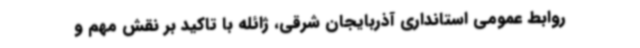
روابط عمومی استانداری آذربایجان شرقی، ژائله با تاکید بر نقش مهم و